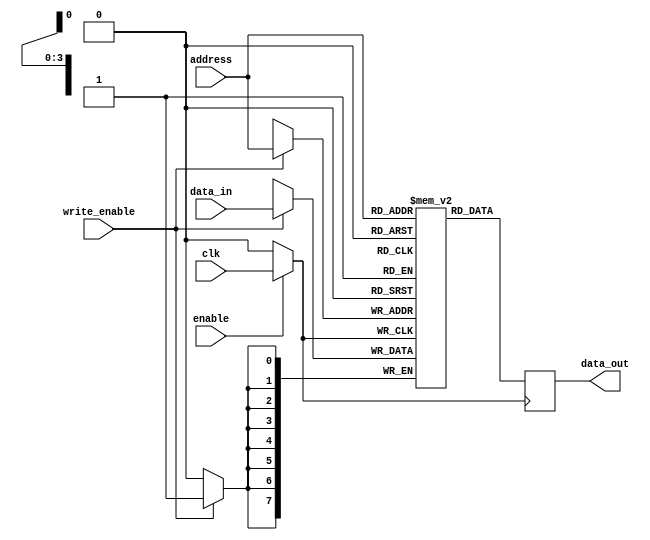
module clock_gated_memory (
    input wire clk,          // Original clock signal
    input wire enable,       // Enable signal for clock gating
    input wire [7:0] data_in, // Data input for the memory block
    input wire write_enable,  // Write enable signal
    input wire [3:0] address,  // Address for memory access
    output reg [7:0] data_out  // Data output from the memory block
);

    // Memory block declaration (e.g., 16 x 8-bit SRAM)
    reg [7:0] memory [0:15];

    // Gated clock signal
    wire gated_clk;

    // Clock gating logic
    assign gated_clk = enable ? clk : 1'b0; // Pass clk if enabled, else 0

    // Memory operation
    always @(posedge gated_clk) begin
        if (write_enable) begin
            memory[address] <= data_in; // Write data to memory
        end
        data_out <= memory[address]; // Read data from memory
    end

endmodule